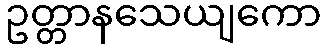
ဥတ္တာနသေယျကော